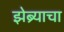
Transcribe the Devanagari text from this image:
झेब्र्याचा